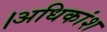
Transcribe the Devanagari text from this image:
।अधिकांश